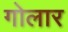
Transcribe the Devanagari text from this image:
गोलार